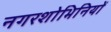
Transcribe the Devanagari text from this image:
नगरशोभिनियों